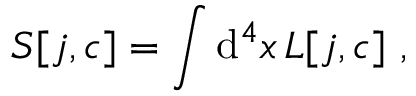
S [ j , c ] = \int \mathrm { d } ^ { 4 } x \, { \cal L } [ j , c ] \ ,